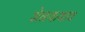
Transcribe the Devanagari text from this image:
शेळकबाव